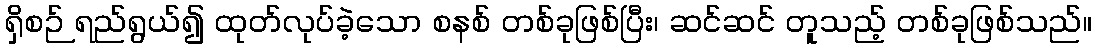
ရှိစဉ် ရည်ရွယ်၍ ထုတ်လုပ်ခဲ့သော စနစ် တစ်ခုဖြစ်ပြီး၊ ဆင်ဆင် တူသည့် တစ်ခုဖြစ်သည်။